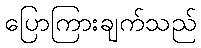
ပြောကြားချက်သည်